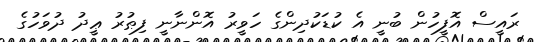
ރައީސް އޮފީހުން ބުނީ އެ ކުޑަކުދިންގެ ހަވީރު އޮންނާނީ ފިޠުރު ޢީދު ދުވަހުގެ